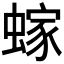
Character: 𫋕